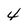
Character: 4